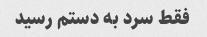
فقط سرد به دستم رسید